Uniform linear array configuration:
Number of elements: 64
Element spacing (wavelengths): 0.25
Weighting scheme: hamming
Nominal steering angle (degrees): -30
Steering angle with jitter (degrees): -28.175
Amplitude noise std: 0.05
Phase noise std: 0.05

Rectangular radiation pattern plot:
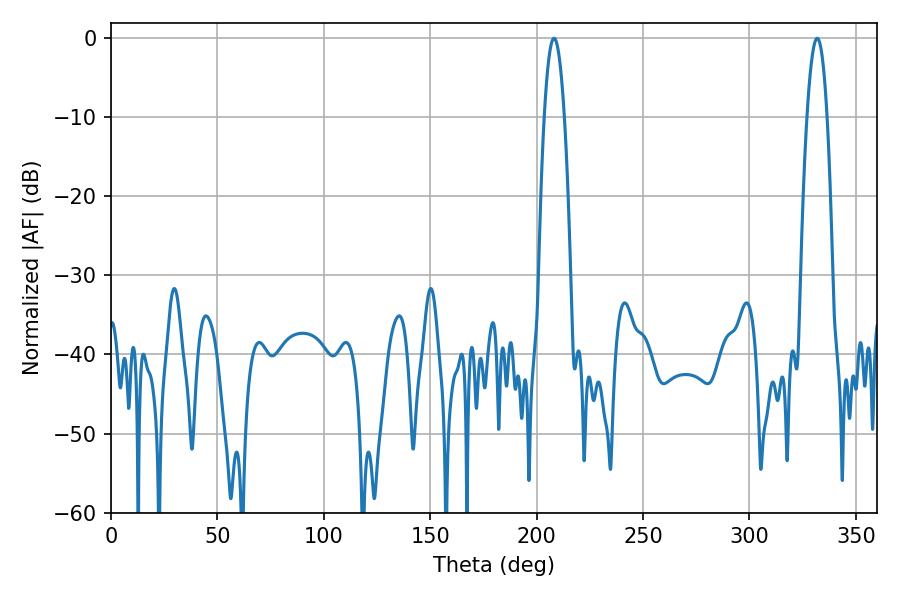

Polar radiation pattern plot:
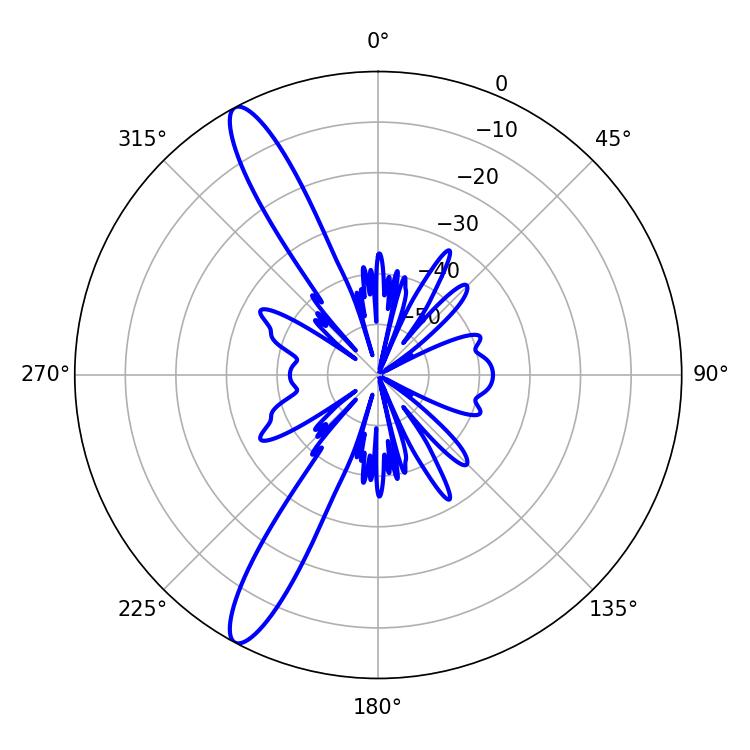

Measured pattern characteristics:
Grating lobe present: FALSE
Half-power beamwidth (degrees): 5.22
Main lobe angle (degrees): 208.26